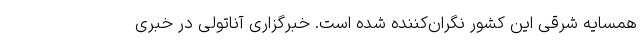
همسایه شرقی این کشور نگران‌کننده شده است. خبرگزاری آناتولی در خبری